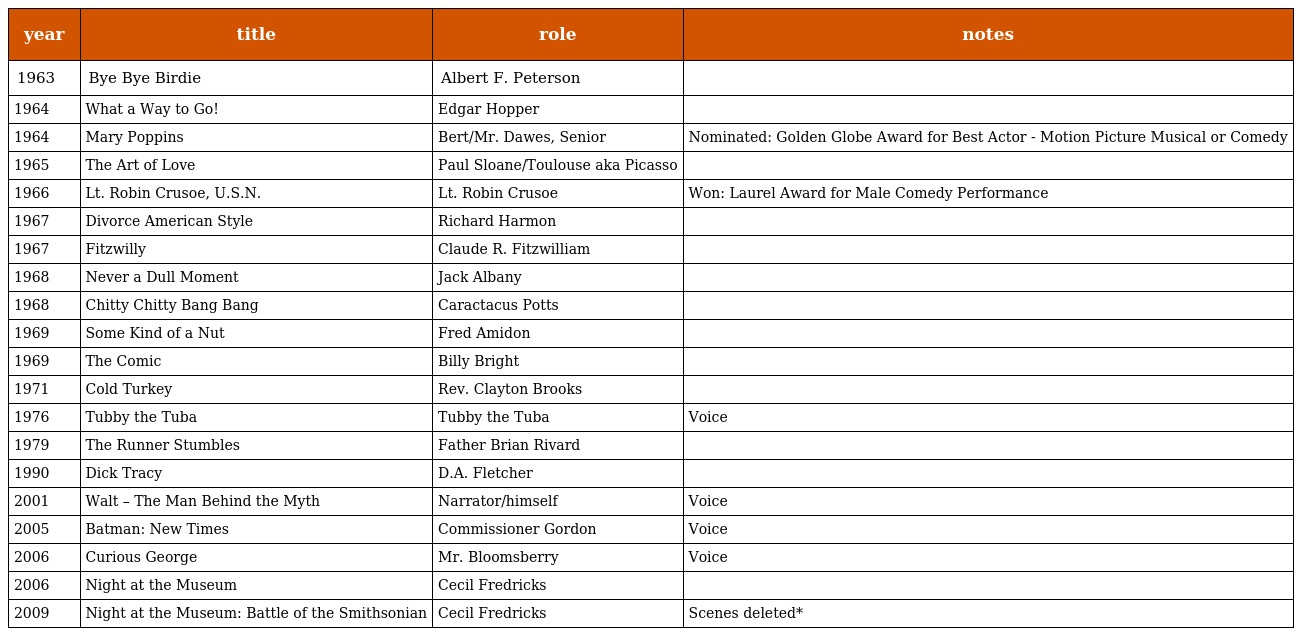
| year | title | role | notes |
 | --- | --- | --- | --- |
 | 1963 | Bye Bye Birdie | Albert F. Peterson |  |
 | 1964 | What a Way to Go! | Edgar Hopper |  |
 | 1964 | Mary Poppins | Bert/Mr. Dawes, Senior | Nominated: Golden Globe Award for Best Actor - Motion Picture Musical or Comedy |
 | 1965 | The Art of Love | Paul Sloane/Toulouse aka Picasso |  |
 | 1966 | Lt. Robin Crusoe, U.S.N. | Lt. Robin Crusoe | Won: Laurel Award for Male Comedy Performance |
 | 1967 | Divorce American Style | Richard Harmon |  |
 | 1967 | Fitzwilly | Claude R. Fitzwilliam |  |
 | 1968 | Never a Dull Moment | Jack Albany |  |
 | 1968 | Chitty Chitty Bang Bang | Caractacus Potts |  |
 | 1969 | Some Kind of a Nut | Fred Amidon |  |
 | 1969 | The Comic | Billy Bright |  |
 | 1971 | Cold Turkey | Rev. Clayton Brooks |  |
 | 1976 | Tubby the Tuba | Tubby the Tuba | Voice |
 | 1979 | The Runner Stumbles | Father Brian Rivard |  |
 | 1990 | Dick Tracy | D.A. Fletcher |  |
 | 2001 | Walt – The Man Behind the Myth | Narrator/himself | Voice |
 | 2005 | Batman: New Times | Commissioner Gordon | Voice |
 | 2006 | Curious George | Mr. Bloomsberry | Voice |
 | 2006 | Night at the Museum | Cecil Fredricks |  |
 | 2009 | Night at the Museum: Battle of the Smithsonian | Cecil Fredricks | Scenes deleted* |